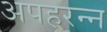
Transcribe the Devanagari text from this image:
अपहरन्न